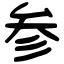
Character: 参